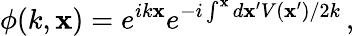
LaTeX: \phi(k,\mathbf{x})=e^{ik\mathbf{x}}e^{-i\int^{\mathbf{x}}d\mathbf{x}^{\prime}V(\mathbf{x}^{\prime})/2k}\, ,